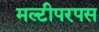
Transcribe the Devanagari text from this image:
मल्टीपरपस